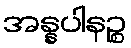
အန္နပါနဉ္စ